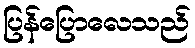
ပြန်ပြောလေသည်